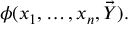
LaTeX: \phi ( x _ { 1 } , \dots , x _ { n } , { \vec { Y } } ) .